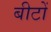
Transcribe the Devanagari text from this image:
बीटों